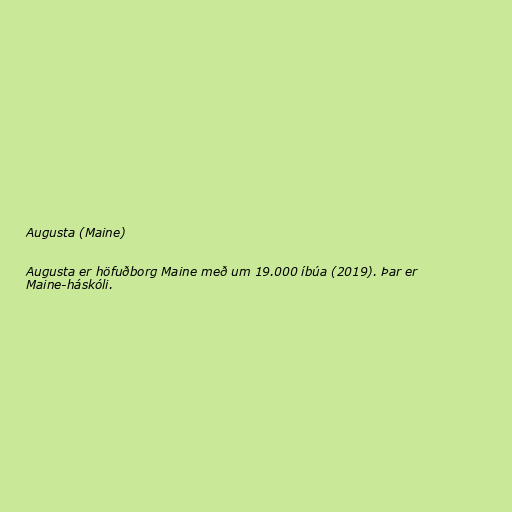
Augusta (Maine)

Augusta er höfuðborg Maine með um 19.000 íbúa (2019). Þar er
Maine-háskóli.